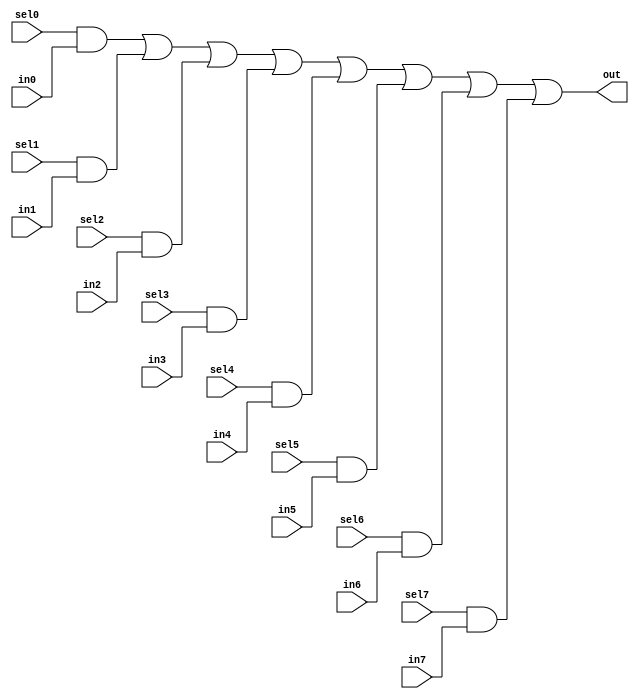
//#############################################################################
//# Function: 8:1 one hot mux                                                #
//#############################################################################
//# Author:   Andreas Olofsson                                                #
//# License:  MIT (see LICENSE file in OH! repository)                        #
//#############################################################################

module asic_dmux8 #(parameter PROP = "DEFAULT")   (
    input  sel7,
    input  sel6,
    input  sel5,
    input  sel4,
    input  sel3,
    input  sel2,
    input  sel1,
    input  sel0,
    input  in7,
    input  in6,
    input  in5,
    input  in4,
    input  in3,
    input  in2,
    input  in1,
    input  in0,
    output out
    );

   assign out = sel0 & in0 |
		sel1 & in1 |
		sel2 & in2 |
		sel3 & in3 |
		sel4 & in4 |
		sel5 & in5 |
		sel6 & in6 |
		sel7 & in7;

endmodule